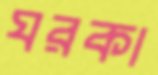
ঘরকা